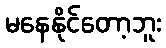
မနေနိုင်တော့ဘူး